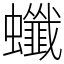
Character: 䘋